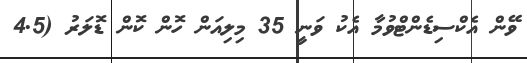
ވޭން އެކްސިޑެންޓްވުމާ އެކު ވަނީ 35 މިލިއަން ހޮން ކޮން ޑޮލަރު (4.5